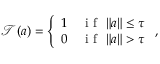
\mathcal T ( \boldsymbol a ) = \left\{ \begin{array} { c l } { 1 } & { \mathrm { ~ i ~ f ~ } ~ \| \boldsymbol a \| \leq \tau } \\ { 0 } & { \mathrm { ~ i ~ f ~ } ~ \| \boldsymbol a \| > \tau } \end{array} \right. ,